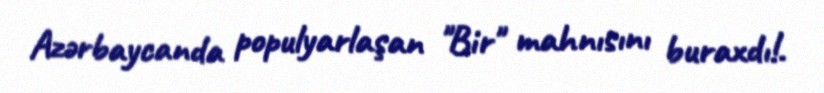
Azərbaycanda populyarlaşan "Bir" mahnısını buraxdı!.